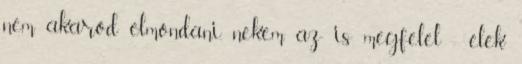
nem akarod elmondani, nekem az is megfelel - élek